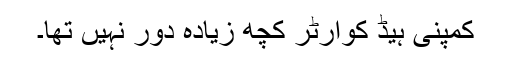
کمپنی ہیڈ کوارٹر کچھ زیادہ دور نہیں تھا۔